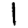
Digit: 1